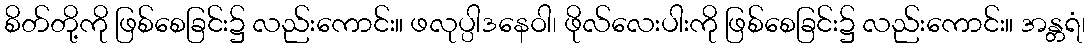
စိတ်တို့ကို ဖြစ်စေခြင်း၌ လည်းကောင်း။ ဖလုပ္ပါဒနေဝါ၊ ဖိုလ်လေးပါးကို ဖြစ်စေခြင်း၌ လည်းကောင်း။ အန္တရံ၊